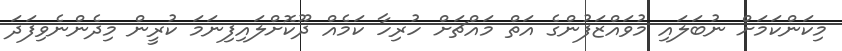
މިކަންކަމަށް ނުބަލައި މުވައްޒަފުންގެ އަތް މައްޗަށް ހުރިހާ ކަމެއް ދޫކޮށްލައިފިނަމަ ކުރީން މިދެންނެވިފަދަ